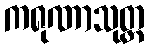
ကရုဏာသုတ္တ